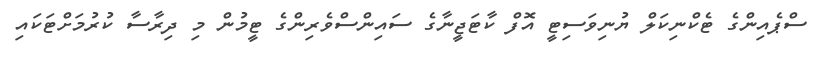
ސްޕެއިންގެ ޓެކްނިކަލް ޔުނިވަސިޓީ އޮފް ކާޓަޖީނާގެ ސައިންސްވެރިންގެ ޓީމުން މި ދިރާސާ ކުރުމަށްޓަކައި